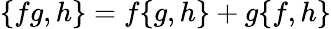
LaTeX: \{ fg,h\} =f\{ g,h\} +g\{ f,h\}